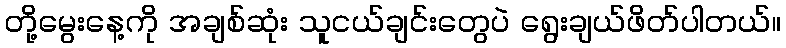
တို့မွေးနေ့ကို အချစ်ဆုံး သူငယ်ချင်းတွေပဲ ရွေးချယ်ဖိတ်ပါတယ်။